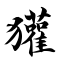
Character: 獾